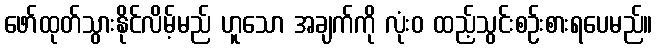
ဖော်ထုတ်သွားနိုင်လိမ့်မည် ဟူသော အချက်ကို လုံးဝ ထည့်သွင်းစဉ်းစားရပေမည်။